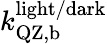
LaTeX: k_{\mathrm{QZ,b}}^{\mathrm{light/dark}}